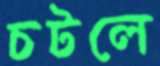
চটলে